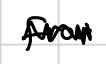
Text: from
Cross-out: zig-zag
Writing tool: digital_black